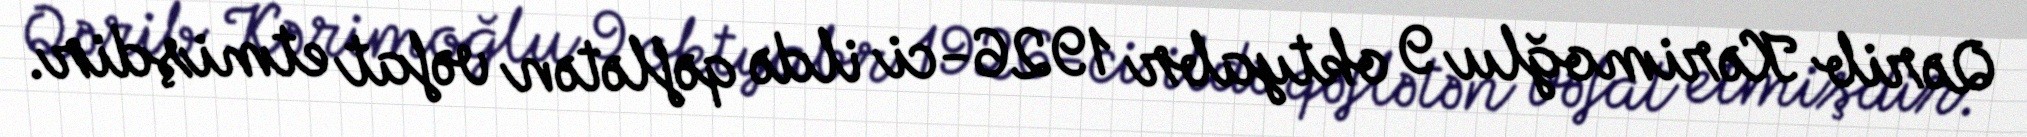
Qərib Kərimoğlu 9 oktyabr 1926-ci ildə qəflətən vəfat etmişdir.